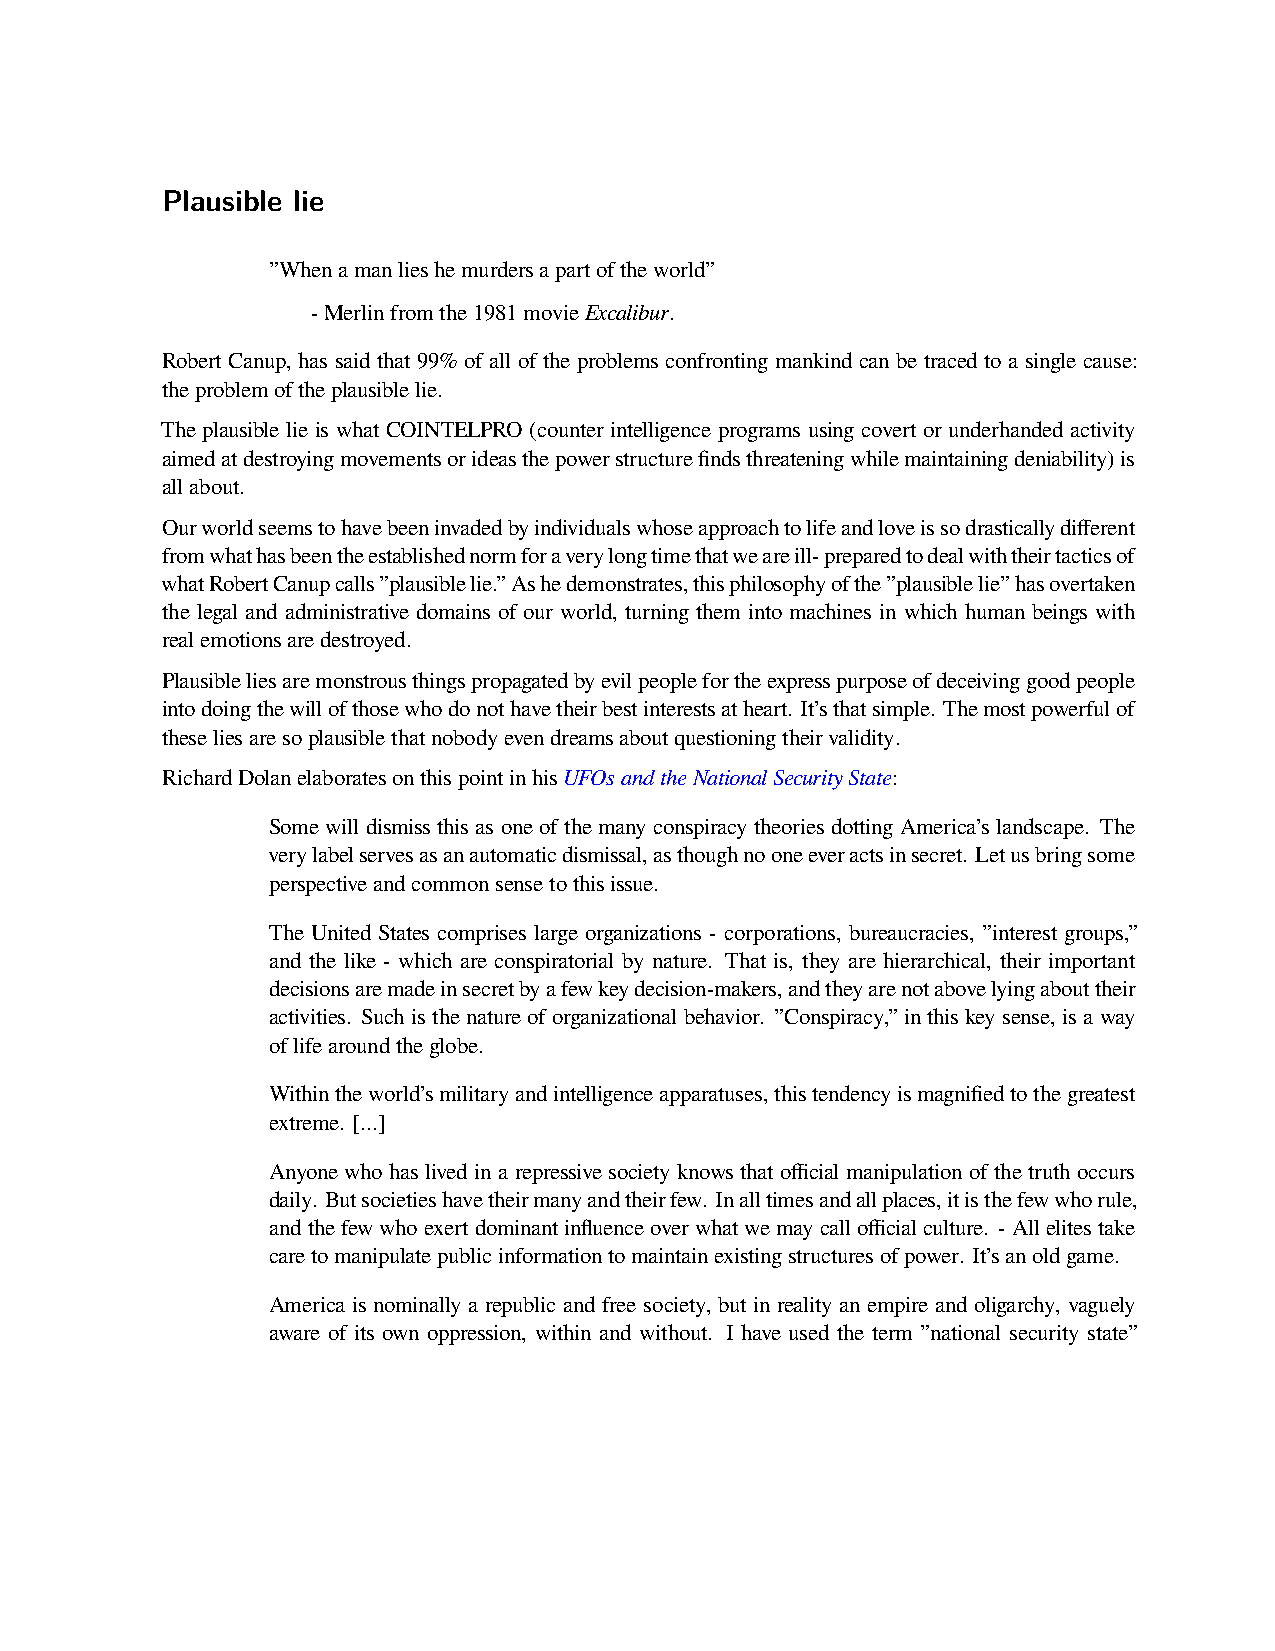
Plausible lie
 ”Whenamanlieshemurdersapartoftheworld”
 -Merlinfromthe1981movieExcalibur.
 Robert Canup, has said that 99% of all of the problems confronting mankind can be traced to a single cause:
 theproblemoftheplausiblelie.
 The plausible lie is what COINTELPRO (counter intelligence programs using covert or underhanded activity
 aimedatdestroyingmovementsorideasthepowerstructurefindsthreateningwhilemaintainingdeniability)is
 allabout.
 Ourworldseemstohavebeeninvadedbyindividualswhoseapproachtolifeandloveissodrasticallydifferent
 fromwhathasbeentheestablishednormforaverylongtimethatweareill-preparedtodealwiththeirtacticsof
 whatRobertCanupcalls”plausiblelie.”Ashedemonstrates,thisphilosophyofthe”plausiblelie”hasovertaken
 the legal and administrative domains of our world, turning them into machines in which human beings with
 realemotionsaredestroyed.
 Plausibleliesaremonstrousthingspropagatedbyevilpeoplefortheexpresspurposeofdeceivinggoodpeople
 intodoingthewillofthosewhodonothavetheirbestinterestsatheart. It’sthatsimple. Themostpowerfulof
 theseliesaresoplausiblethatnobodyevendreamsaboutquestioningtheirvalidity.
 RichardDolanelaboratesonthispointinhisUFOsandtheNationalSecurityState:
 Some will dismiss this as one of the many conspiracy theories dotting America’s landscape. The
 verylabelservesasanautomaticdismissal,asthoughnooneeveractsinsecret. Letusbringsome
 perspectiveandcommonsensetothisissue.
 The United States comprises large organizations - corporations, bureaucracies, ”interest groups,”
 and the like - which are conspiratorial by nature. That is, they are hierarchical, their important
 decisionsaremadeinsecretbyafewkeydecision-makers,andtheyarenotabovelyingabouttheir
 activities. Suchisthenatureoforganizationalbehavior. ”Conspiracy,”inthiskeysense,isaway
 oflifearoundtheglobe.
 Withintheworld’smilitaryandintelligenceapparatuses,thistendencyismagnifiedtothegreatest
 extreme. [...]
 Anyone who has lived in a repressive society knows that official manipulation of the truth occurs
 daily. Butsocietieshavetheirmanyandtheirfew. Inalltimesandallplaces,itisthefewwhorule,
 andthefewwhoexertdominantinfluenceoverwhatwemaycallofficialculture. -Allelitestake
 caretomanipulatepublicinformationtomaintainexistingstructuresofpower. It’sanoldgame.
 America is nominally a republic and free society, but in reality an empire and oligarchy, vaguely
 aware of its own oppression, within and without. I have used the term ”national security state”